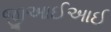
જીઆઈઆઈ